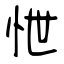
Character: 怈